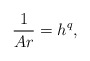
\begin{align*}\frac{1}{Ar} = h^q,\end{align*}